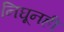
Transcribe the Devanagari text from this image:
निघूनही